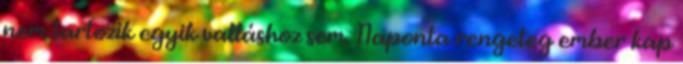
nem tartozik egyik valláshoz sem. Naponta rengeteg ember kap